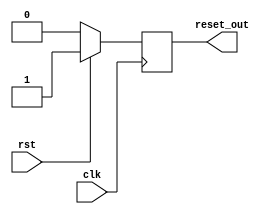
module MemoryBlocksSynchronousResetDetector (
    input wire clk,          // Clock signal
    input wire rst,          // Synchronous reset signal
    output reg reset_out     // Reset output for memory blocks
);

// Always block triggered on the rising edge of the clock
always @(posedge clk) begin
    if (rst) begin
        // If reset is asserted, assert the reset output
        reset_out <= 1'b1;
    end else begin
        // If reset is deasserted, hold the reset output high for one clock cycle
        // and then deassert it
        reset_out <= 1'b0;
    end
end

endmodule